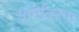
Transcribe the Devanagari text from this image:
मार्गांतरण